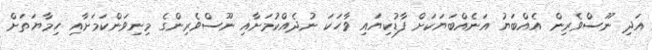
އަދި ނޫސްވެރިން އެއްބަޔު އަނެއްބަޔަކަށް ފާޑުކިޔައި ވާހަކަ ނުދެއްކުމަށާއި ނޫސްވެރިންގެ މިނިވަންކަމަށާއި ހިމާޔަތަށް